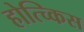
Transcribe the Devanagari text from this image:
होत्च्किस